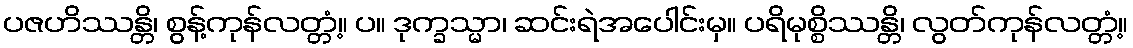
ပဇဟိဿန္တိ၊ စွန့်ကုန်လတ္တံ့။ ပ။ ဒုက္ခသ္မာ၊ ဆင်းရဲအပေါင်းမှ။ ပရိမုစ္စိဿန္တိ၊ လွတ်ကုန်လတ္တံ့။